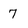
Character: 7